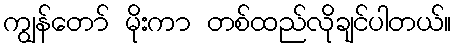
ကျွန်တော် မိုးကာ တစ်ထည်လိုချင်ပါတယ်။